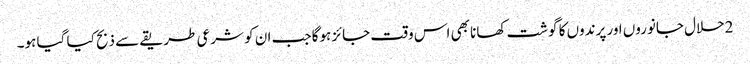
2حلال جانوروں اور پرندوں کا گوشت کھانا بھی اس وقت جائز ہوگا جب ان کو شرعی طریقے سے ذبح کیا گیا ہو۔